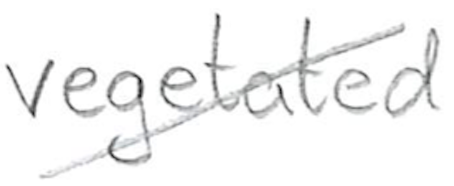
Text: vegetated
Cross-out: diagonal
Writing tool: pencil